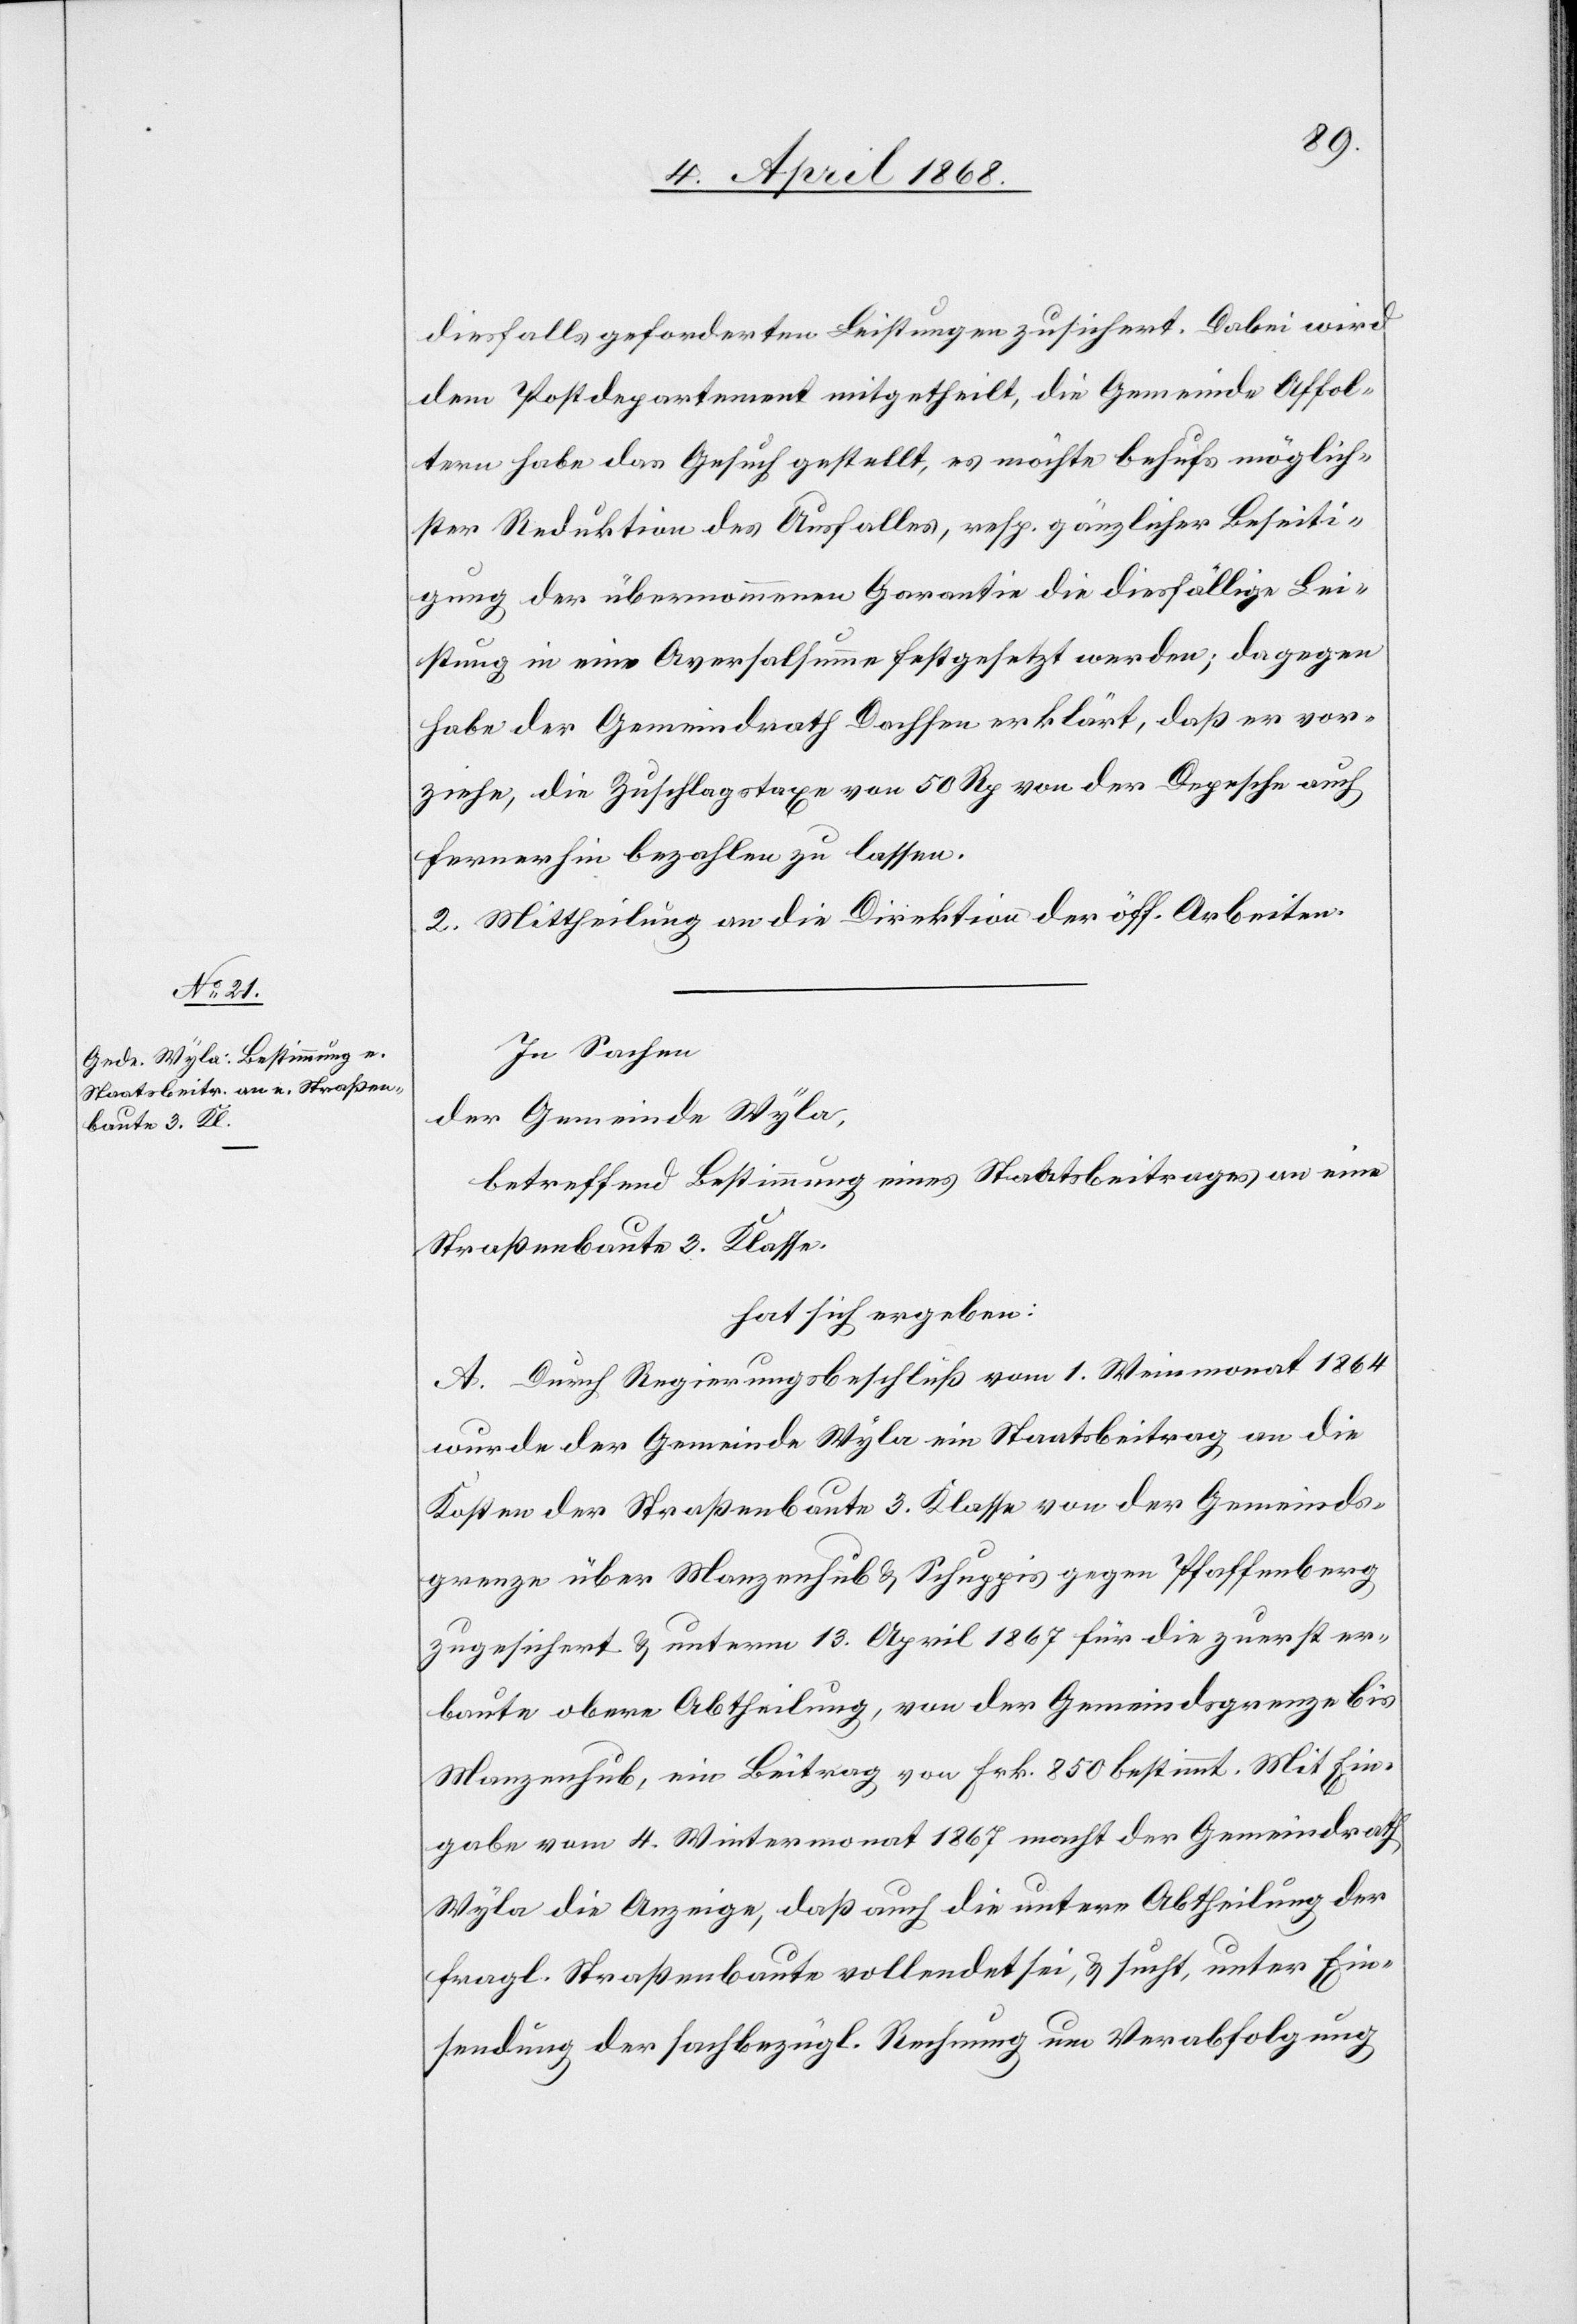
diesfalls geforderten Leistungen zusichert. Dabei wird
dem Postdepartement mitgetheilt, die Gemeinde Affol¬
tern habe das Gesuch gestellt, es möchte behufs möglich¬
ster Reduktion des Ausfalles, resp. gänzlicher Beseiti¬
gung der übernommenen Garantie die diesfällige Lei¬
stung in eine Aversalsumme festgesetzt werden; dagegen
habe der Gemeindrath Dachsen erklärt, daß er vor¬
ziehe, die Zuschlagstaxe von 50 Rp von der Depesche auch
fernerhin bezahlen zu lassen.
2. Mittheilung an die Direktion der öff. Arbeiten.
In Sachen
der Gemeinde Wyla,
betreffend Bestimmung eines Staatsbeitrages an eine
Straßenbaute 3. Klasse,
hat sich ergeben:
A. Durch Regierungsbeschluß vom 1. Weinmonat 1864
wurde der Gemeinde Wyla ein Staatsbeitrag an die
Kosten der Straßenbaute 3. Klasse von der Gemeinds¬
grenze über Manzenhub & Schuppis gegen Pfaffenberg
zugesichert & unterm 13. April 1867 für die zuerst er¬
baute obere Abtheilung, von der Gemeindsgrenze bis
Manzenhub, ein Beitrag von Frk. 850 bestimmt. Mit Ein¬
gabe vom 4. Wintermonat 1867 macht der Gemeindrath
Wyla die Anzeige, daß auch die untere Abtheilung der
fragl. Straßenbaute vollendet sei, & sucht, unter Ein¬
sendung der sachbezügl. Rechnung um Verabfolgung